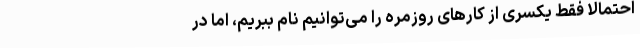
احتمالا فقط یکسری از کارهای روزمره را می‌توانیم نام ببریم، اما در